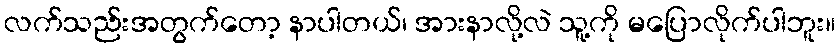
လက်သည်းအတွက်တော့ နာပါတယ်၊ အားနာလို့လဲ သူ့ကို မပြောလိုက်ပါဘူး။